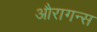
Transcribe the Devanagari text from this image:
औरागन्स